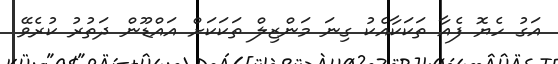
އަގު ހެޔޮ ފެއާ ތަކަކާއެކު ގިނަ މަންޒިލް ތަކަކަށް އައްޑޫން ދަތުރު ކުރެވޭ